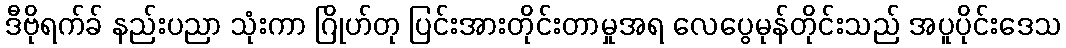
ဒီဗိုရက်ခ် နည်းပညာ သုံးကာ ဂြိုဟ်တု ပြင်းအားတိုင်းတာမှုအရ လေပွေမုန်တိုင်းသည် အပူပိုင်းဒေသ